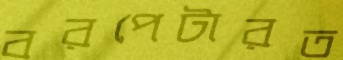
বরপেটারত